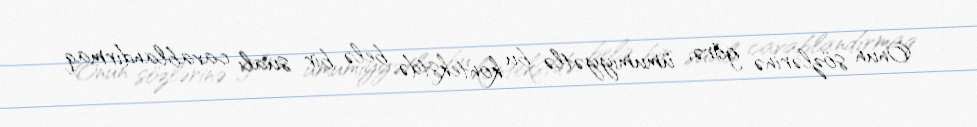
Onun sözlərinə görə, ümumiyyətlə bu kontekstdə, belə bir sualı cavablandırmaq